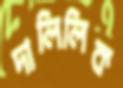
দালিলিক